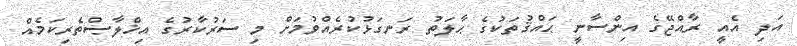
އަދި އެއީ ރާއްޖޭގެ އިންސާނީ ޙައްޤުތަކުގެ ޙާލަތު ރަނގަޅުކުރެއްވުމަށް މި ސަރުކާރުގެ އިޚްލާޞްތެރިކަމެއް